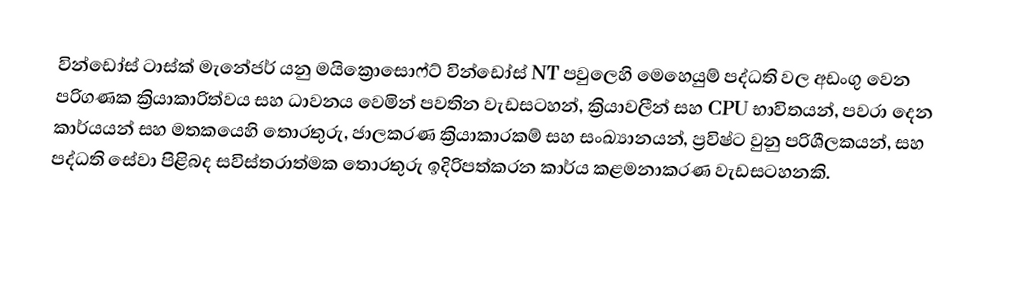
වින්ඩෝස් ටාස්ක් මැනේජර් යනු මයික්‍රොසොෆ්ට් වින්ඩෝස් NT පවුලෙහි මෙහෙයුම් පද්ධති වල අඩංගු වෙන පරිගණක ක්‍රියාකාරිත්වය සහ ධාවනය වෙමින් පවතින වැඩසටහන්, ක්‍රියාවලීන් සහ CPU භාවිතයන්, පවරා දෙන කාර්යයන් සහ මතකයෙහි තොරතුරු, ජාලකරණ ක්‍රියාකාරකම් සහ සංඛ්‍යානයන්, ප්‍රවිෂ්ට වුනු පරිශීලකයන්, සහ පද්ධති සේවා පිළිබද සවිස්තරාත්මක තොරතුරු ඉදිරිපත්කරන කාර්ය කළමනාකරණ වැඩසටහනකි.